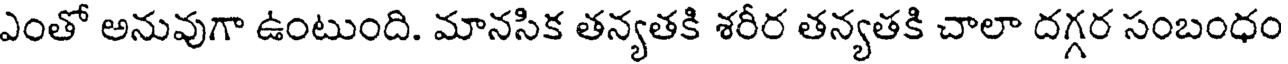
ఎంతో అనువుగా ఉంటుంది. మానసిక తన్యతకి శరీర తన్యతకి చాలా దగ్గర సంబంధం